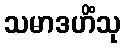
သမာဒဟိံသု